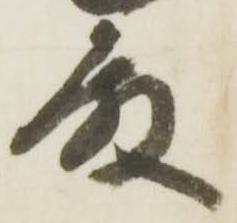
殿